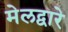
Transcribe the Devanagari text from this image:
मेलद्वारे